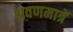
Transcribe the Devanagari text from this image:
श्रवणमात्रें